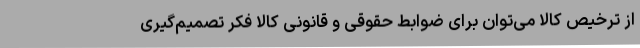
از ترخیص کالا می‌توان برای ضوابط حقوقی و قانونی کالا فکر تصمیم‌گیری